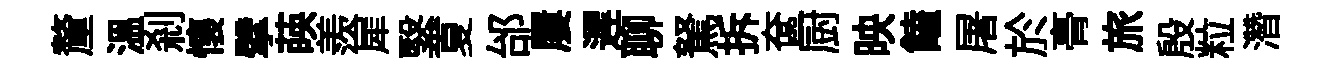
釐温刹懷擘𦴤羨犀繄夏邰屢遲聊駑拆奩厨映饁屠於𮌔旅殷粒濳